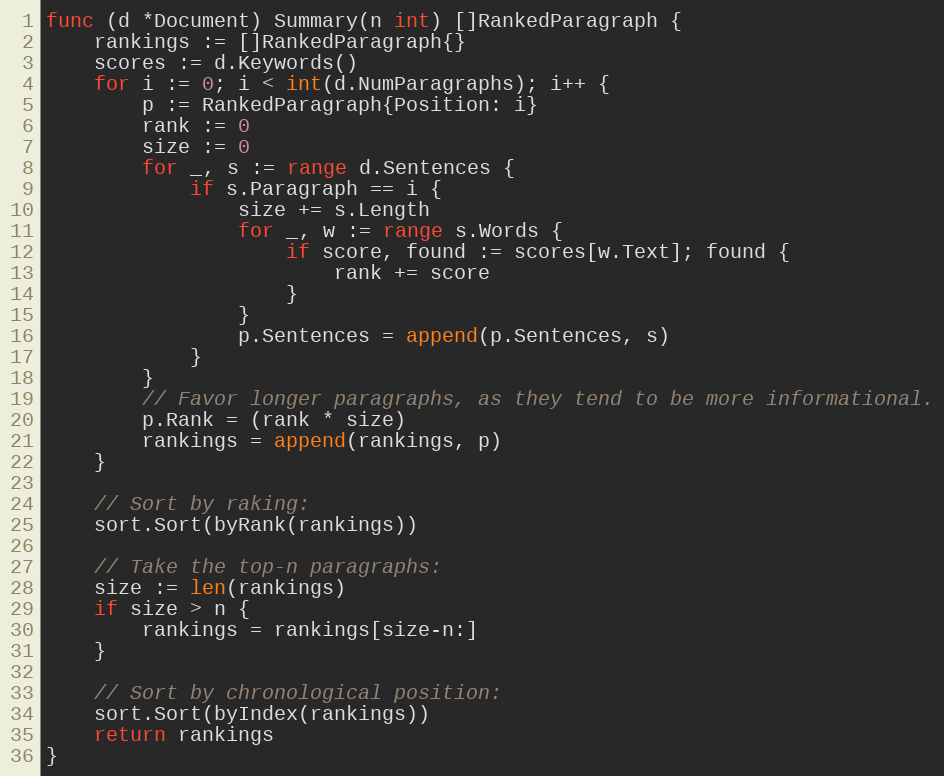
Language: Go
func (d *Document) Summary(n int) []RankedParagraph {
	rankings := []RankedParagraph{}
	scores := d.Keywords()
	for i := 0; i < int(d.NumParagraphs); i++ {
		p := RankedParagraph{Position: i}
		rank := 0
		size := 0
		for _, s := range d.Sentences {
			if s.Paragraph == i {
				size += s.Length
				for _, w := range s.Words {
					if score, found := scores[w.Text]; found {
						rank += score
					}
				}
				p.Sentences = append(p.Sentences, s)
			}
		}
		// Favor longer paragraphs, as they tend to be more informational.
		p.Rank = (rank * size)
		rankings = append(rankings, p)
	}

	// Sort by raking:
	sort.Sort(byRank(rankings))

	// Take the top-n paragraphs:
	size := len(rankings)
	if size > n {
		rankings = rankings[size-n:]
	}

	// Sort by chronological position:
	sort.Sort(byIndex(rankings))
	return rankings
}